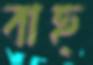
বাহ্